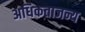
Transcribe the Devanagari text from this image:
अधिकताजन्य